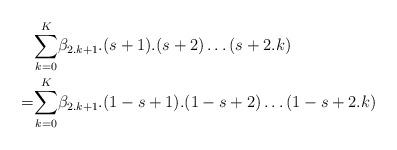
LaTeX: \begin{align*}&\underset{k=0}{\overset{K}{\sum }}\beta _{2.k+1}.(s+1).(s+2)\ldots (s+2.k)\\=&\underset{k=0}{\overset{K}{\sum }}\beta _{2.k+1}.(1-s+1).(1-s+2)\ldots (1-s+2.k) \end{align*}